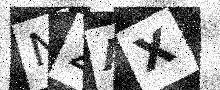
Text: N2AX